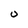
Character: 0